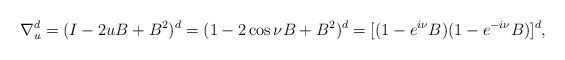
\begin{align*}\nabla^{d}_{u}=(I-2uB+B^{2})^{d}=(1-2\cos\nu B+B^{2})^{d}=[(1-e^{i\nu}B)(1-e^{-i\nu}B)]^{d},\end{align*}